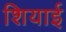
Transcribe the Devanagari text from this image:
शियाई